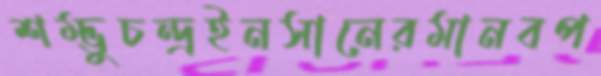
শম্ভুচন্দ্রইনসানেরমানবপ